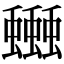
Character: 𧔗